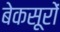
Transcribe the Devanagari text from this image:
बेकसूरों